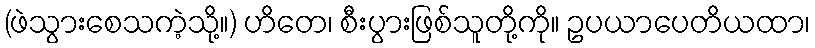
(ဖဲသွားစေသကဲ့သို့။) ဟိတေ၊ စီးပွားဖြစ်သူတို့ကို။ ဥပယာပေတိယထာ၊